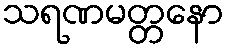
သရဏမတ္တနော